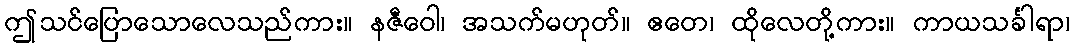
ဤသင်ပြောသောလေသည်ကား။ နဇီဝေါ၊ အသက်မဟုတ်။ ဧတေ၊ ထိုလေတို့ကား။ ကာယသင်္ခါရာ၊